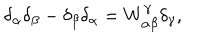
LaTeX: \delta _ { \alpha } \delta _ { \beta } - \delta _ { \beta } \delta _ { \alpha } = W _ { \alpha \beta } ^ { \gamma } \delta _ { \gamma } ,